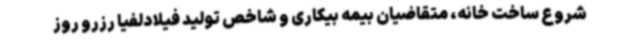
شروع ساخت خانه، متقاضیان بیمه بیکاری و شاخص تولید فیلادلفیا رزرو روز